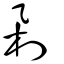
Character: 剁